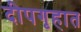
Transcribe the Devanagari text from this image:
दीपगृहात